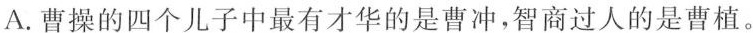
A.曹操的四个儿子中最有才华的是曹冲，智商过人的是曹植。